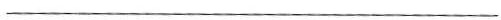
___